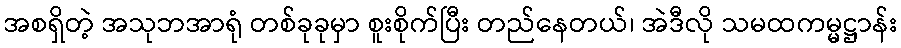
အစရှိတဲ့ အသုဘအာရုံ တစ်ခုခုမှာ စူးစိုက်ပြီး တည်နေတယ်၊ အဲဒီလို သမထကမ္မဋ္ဌာန်း